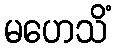
မဟေသိံ